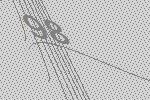
98